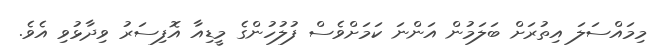
މިމައްސަލަ އިތުރަށް ބަލަމުން އަންނަ ކަމަށްވެސް ފުލުހުންގެ މީޑިއާ އޮފިސަރު ވިދާޅުވި އެވެ.